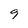
Character: 9